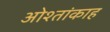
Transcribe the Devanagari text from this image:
ओश्तांकाह